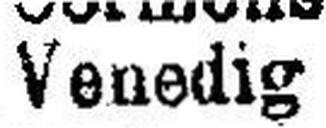
Venedig